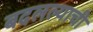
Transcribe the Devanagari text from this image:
बदलल्याची